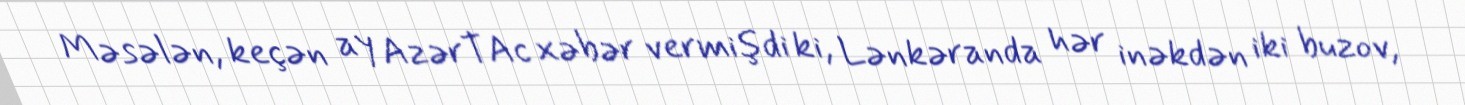
Məsələn, keçən ay AzərTAc xəbər vermişdi ki, Lənkəranda hər inəkdən iki buzov,